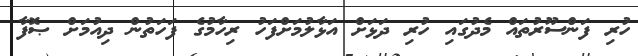
ހުރި ފަންސޫރުތައް މެދުގައި ހުރި ދަޅަށް އަޅާލުމަށްފަހު ރިހާމުގެ ފަހަތުން ދިއުމަށް ޞޮފާ